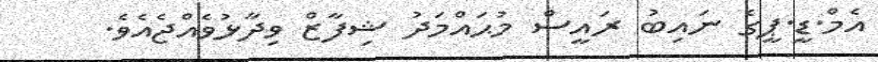
އެމް.ޑީ.ޕީގެ ނައިބު ރައީސް މުޙައްމަދު ޝިފާޒް ވިދާޅުވެއްޖެއެވެ.